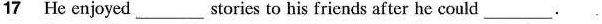
17 He enjoyed___stories to his friends after he could___.